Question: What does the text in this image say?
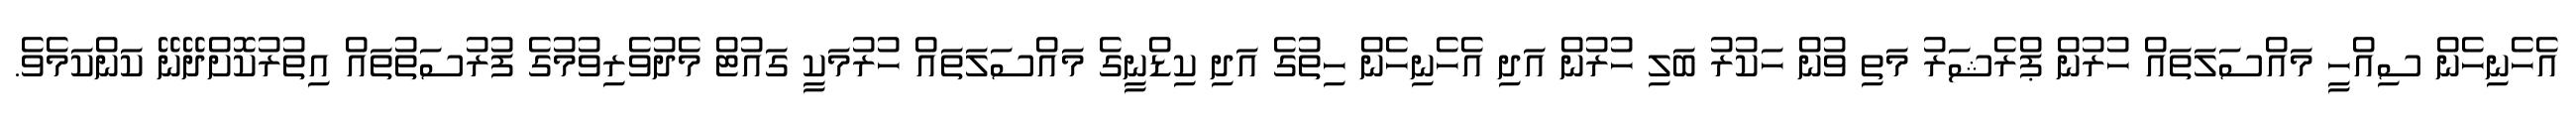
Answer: އެހެނިހެން ސިއްހީ މައްސަލަތައް ހުރުން ޕްރެޝަރު މަތި ވުން ހަކުރު ބަލި ހުރުން އަދި އެހެނިހެން ހިތުގެ އަދި ކިޑްނީގެ މައްސަލަތައް ހުރުމަކީ ގައުޓް މެދުވެރިވުމުގެ ފުރުސަތުތައް އިތުރުކޮށްދޭނޭ ކަންކަމެވެ.